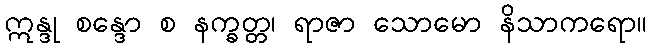
ဣန္ဒု စန္ဒော စ နက္ခတ္တ၊ ရာဇာ သောမော နိသာကရော။